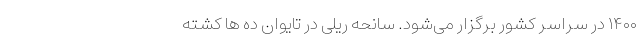
۱۴۰۰ در سراسر کشور برگزار می‌شود. سانحه ریلی در تایوان ده‌ ها کشته